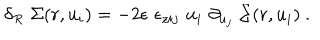
\delta _ { R } \, \, \Sigma ( r , u _ { i } ) = - 2 \epsilon \, \, \epsilon _ { z i j } \, \, u _ { i } \, \, \partial _ { u _ { j } } \ \Sigma ( r , u _ { i } ) \ .